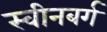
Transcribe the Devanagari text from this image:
स्वीनबर्ग